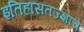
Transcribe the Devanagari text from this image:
इतिहासतज्ज्ञांचे